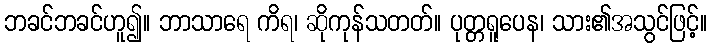
ဘခင်ဘခင်ဟူ၍။ ဘာသာရေ ကိရ၊ ဆိုကုန်သတတ်။ ပုတ္တရူပေန၊ သား၏အသွင်ဖြင့်။